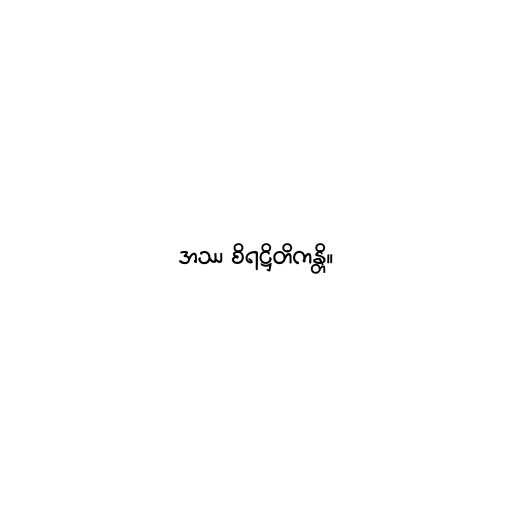
အဿ စိရဋ္ဌိတိကန္တိ။